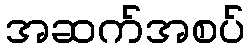
အဆက်အစပ်